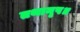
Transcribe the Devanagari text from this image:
तथानृप॥